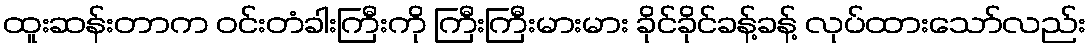
ထူးဆန်းတာက ဝင်းတံခါးကြီးကို ကြီးကြီးမားမား ခိုင်ခိုင်ခန့်ခန့် လုပ်ထားသော်လည်း